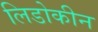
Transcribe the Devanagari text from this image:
लिडोकीन